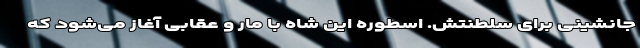
جانشینی برای سلطنتش. اسطوره این شاه با مار و عقابی آغاز می‌شود که